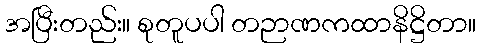
အပြီးတည်း။ စုတူပပါ တဉာဏကထာနိဋ္ဌိတာ။